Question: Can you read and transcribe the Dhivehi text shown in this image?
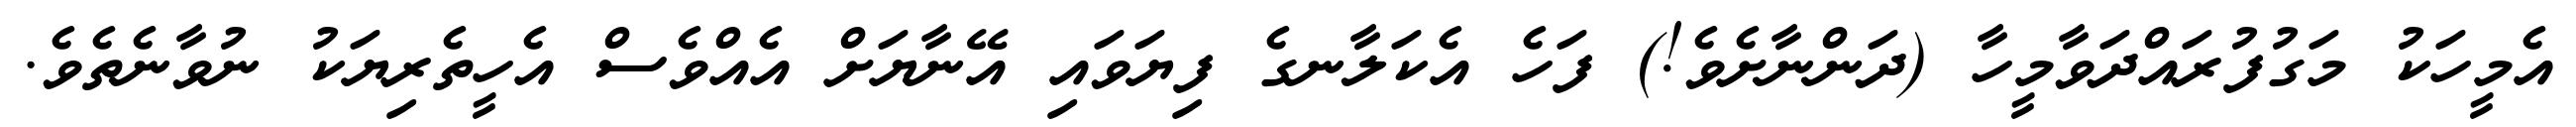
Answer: އެމީހަކު މަގުފުރައްދަވާމީހާ (ދަންނާށެވެ!) ފަހެ އެކަލާނގެ ފިޔަވައި އޭނާޔަށް އެއްވެސް އެހީތެރިޔަކު ނުވާނެތެވެ.